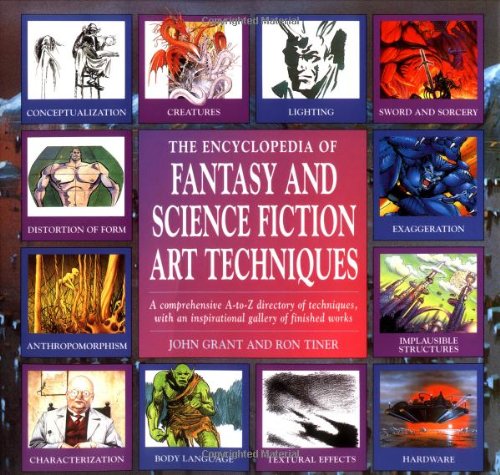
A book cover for The Encyclopedia of Fantasy and Science Fiction Art Techniques; John Grant; Reference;